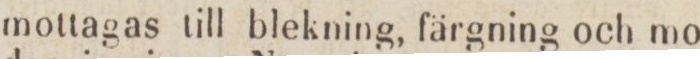
mottagas till blekning, färgning och mo-